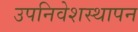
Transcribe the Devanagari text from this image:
उपनिवेशस्थापन